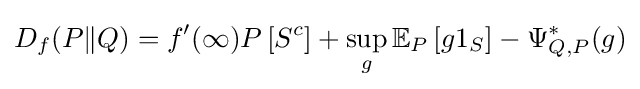
D_{f}(P\|Q)=f^{\prime }(\infty )P\left[S^{c}\right]+\sup _{g}\mathbb {E} _{P}\left[g1_{S}\right]-\Psi _{Q,P}^{*}(g)